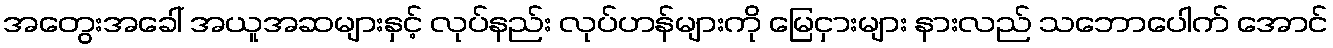
အတွေးအခေါ် အယူအဆများနှင့် လုပ်နည်း လုပ်ဟန်များကို မြေငှားများ နားလည် သဘောပေါက် အောင်